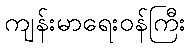
ကျန်းမာရေးဝန်ကြီး